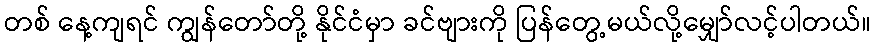
တစ် နေ့ကျရင် ကျွန်တော်တို့ နိုင်ငံမှာ ခင်ဗျားကို ပြန်တွေ့မယ်လို့မျှော်လင့်ပါတယ်။